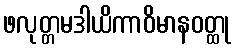
ဖလုတ္တမဒါယိကာဝိမာနဝတ္ထု